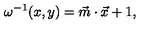
\omega ^ { - 1 } ( x , y ) = \vec { m } \cdot \vec { x } + 1 ,